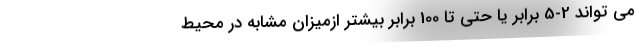
می تواند 2-5 برابر یا حتی تا 100 برابر بیشتر ازمیزان مشابه در محیط